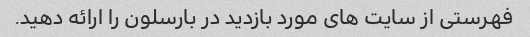
فهرستی از سایت های مورد بازدید در بارسلون را ارائه دهید.